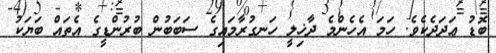
ބޮޑު ޢަދަދެކެވެ. ހަމަ އެހެންމެ ދާޚިލީ ހަނގުރާމައިގެ ސަބަބުން ބުރުންޑީގެ އެތައް ބަޔަކު